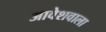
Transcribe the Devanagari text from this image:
आवेशवाला